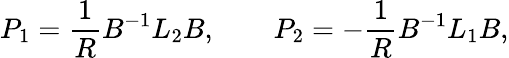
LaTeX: P_{1}={\frac{1}{R}}B^{-1}L_{2}B,\qquad P_{2}=-{\frac{1}{R}}B^{-1}L_{1}B,